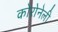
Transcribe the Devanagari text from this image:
कोरोनेली